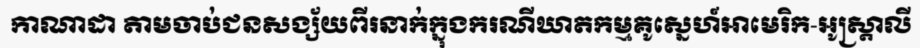
កាណាដា តាមចាប់ជនសង្ស័យពីរនាក់ក្នុងករណីឃាតកម្មគូស្នេហ៍អាមេរិក-អូស្ត្រាលី